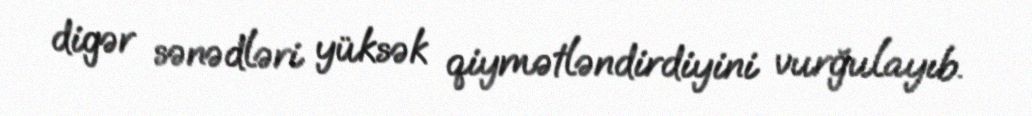
digər sənədləri yüksək qiymətləndirdiyini vurğulayıb.